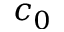
c _ { 0 }